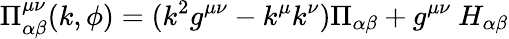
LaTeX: \Pi_{\alpha\beta}^{\mu\nu}(k,\phi)=(k^{2}g^{\mu\nu}-k^{\mu}k^{\nu})\Pi_{\alpha\beta}+g^{\mu\nu}\ H_{\alpha\beta}